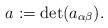
LaTeX: \begin{align*}a:=\det (a_{\alpha\beta}).\end{align*}